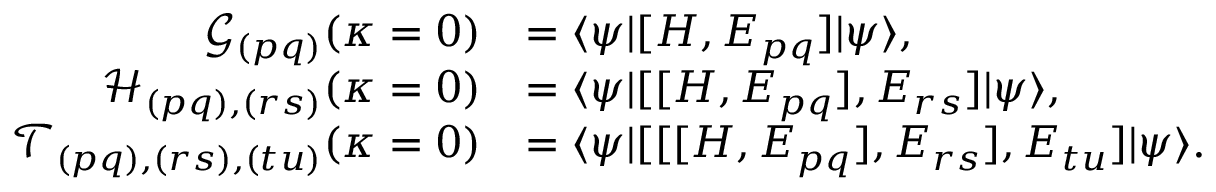
\begin{array} { r l } { \mathcal { G } _ { ( p q ) } ( \kappa = 0 ) } & { = \ensuremath { \langle { \psi } \rvert } [ H , E _ { p q } ] \ensuremath { \lvert { \psi } \rangle } , } \\ { \mathcal { H } _ { ( p q ) , ( r s ) } ( \kappa = 0 ) } & { = \ensuremath { \langle { \psi } \rvert } [ [ H , E _ { p q } ] , E _ { r s } ] \ensuremath { \lvert { \psi } \rangle } , } \\ { \mathcal { T } _ { ( p q ) , ( r s ) , ( t u ) } ( \kappa = 0 ) } & { = \ensuremath { \langle { \psi } \rvert } [ [ [ H , E _ { p q } ] , E _ { r s } ] , E _ { t u } ] \ensuremath { \lvert { \psi } \rangle } . } \end{array}